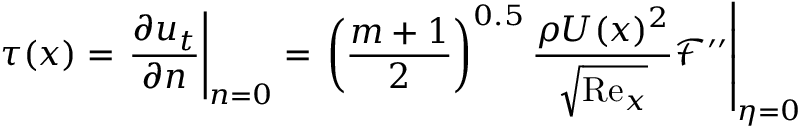
\tau ( x ) = \left. \frac { \partial u _ { t } } { \partial n } \right\vert _ { n = 0 } = \left. \left( \frac { m + 1 } { 2 } \right) ^ { 0 . 5 } \frac { \rho U ( x ) ^ { 2 } } { \sqrt { \mathrm { R e } _ { x } } } \mathcal { F } ^ { \prime \prime } \right\vert _ { \eta = 0 }